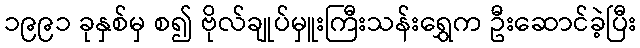
၁၉၉၁ ခုနှစ်မှ စ၍ ဗိုလ်ချုပ်မှူးကြီးသန်းရွှေက ဦးဆောင်ခဲ့ပြီး